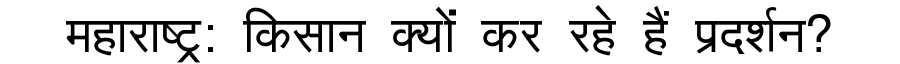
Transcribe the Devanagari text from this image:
महाराष्ट्र: किसान क्यों कर रहे हैं प्रदर्शन?